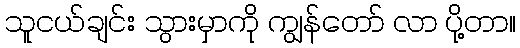
သူငယ်ချင်း သွားမှာကို ကျွန်တော် လာ ပို့တာ။